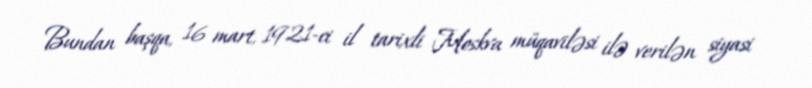
Bundan başqa, 16 mart, 1921-ci il tarixli Moskva müqaviləsi ilə verilən siyasi